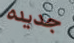
جديده